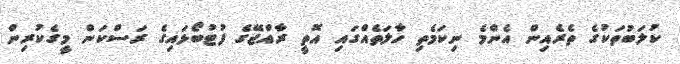
ކުލަބުތަކުގެ ތެރެއިން އެންމެ ނިކަމެތި ހާލަތެއްގައި އޮތީ ރާއްޖޭގެ ފުޓުބޯޅައިގެ ރަސްކަން މީގެކުރިން